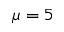
\mu = 5